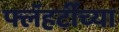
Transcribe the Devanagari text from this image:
फ्लॅहर्टीच्या